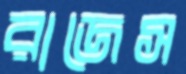
রাজেস